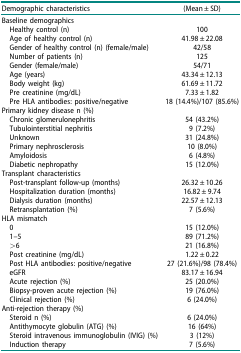
<table><thead><tr><td><b>Demographic characteristics</b></td><td><b>(Mean ± SD)</b></td></tr></thead><tbody><tr><td colspan="2">Baseline demographics</td></tr><tr><td> Healthy control (n)</td><td>100</td></tr><tr><td> Age of healthy control (n)</td><td>41.98 ± 22.08</td></tr><tr><td> Gender of healthy control (n) (female/male)</td><td>42/58</td></tr><tr><td> Number of patients (n)</td><td>125</td></tr><tr><td> Gender (female/male)</td><td>54/71</td></tr><tr><td> Age (years)</td><td>43.34 ± 12.13</td></tr><tr><td> Body weight (kg)</td><td>61.69 ± 11.72</td></tr><tr><td> Pre creatinine (mg/dL)</td><td>7.33 ± 1.82</td></tr><tr><td> Pre HLA antibodies: positive/negative</td><td>18 (14.4%)/107 (85.6%)</td></tr><tr><td colspan="2">Primary kidney disease n (%)</td></tr><tr><td> Chronic glomerulonephritis</td><td>54 (43.2%)</td></tr><tr><td> Tubulointerstitial nephritis</td><td>9 (7.2%)</td></tr><tr><td> Unknown</td><td>31 (24.8%)</td></tr><tr><td> Primary nephrosclerosis</td><td>10 (8.0%)</td></tr><tr><td> Amyloidosis</td><td>6 (4.8%)</td></tr><tr><td> Diabetic nephropathy</td><td>15 (12.0%)</td></tr><tr><td colspan="2">Transplant characteristics</td></tr><tr><td> Post-transplant follow-up (months)</td><td>26.32 ± 10.26</td></tr><tr><td> Hospitalization duration (months)</td><td>16.82 ± 9.74</td></tr><tr><td> Dialysis duration (months)</td><td>22.57 ± 12.13</td></tr><tr><td> Retransplantation (%)</td><td>7 (5.6%)</td></tr><tr><td colspan="2">HLA mismatch</td></tr><tr><td> 0</td><td>15 (12.0%)</td></tr><tr><td> 1–5</td><td>89 (71.2%)</td></tr><tr><td> &gt;6</td><td>21 (16.8%)</td></tr><tr><td> Post creatinine (mg/dL)</td><td>1.22 ± 0.22</td></tr><tr><td> Post HLA antibodies: positive/negative</td><td>27 (21.6%)/98 (78.4%)</td></tr><tr><td> eGFR</td><td>83.17 ± 16.94</td></tr><tr><td> Acute rejection (%)</td><td>25 (20.0%)</td></tr><tr><td> Biopsy-proven acute rejection (%)</td><td>19 (76.0%)</td></tr><tr><td> Clinical rejection (%)</td><td>6 (24.0%)</td></tr><tr><td colspan="2">Anti-rejection therapy (%)</td></tr><tr><td> Steroid n (%)</td><td>6 (24.0%)</td></tr><tr><td> Antithymocyte globulin (ATG) (%)</td><td>16 (64%)</td></tr><tr><td> Steroid intravenous immunoglobulin (IVIG) (%)</td><td>3 (12%)</td></tr><tr><td> Induction therapy</td><td>7 (5.6%)</td></tr></tbody></table>